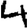
Digit: 4